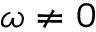
\omega \neq 0